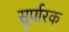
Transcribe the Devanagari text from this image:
सूर्पारक